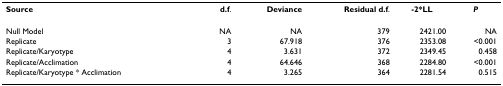
| Source | d.f. | Deviance | Residual d.f. | -2*LL | P |
 | --- | --- | --- | --- | --- | --- |
 | Null Model | NA | NA | 379 | 2421.00 | NA |
 | Replicate | 3 | 67.918 | 376 | 2353.08 | <0.001 |
 | Replicate/Karyotype | 4 | 3.631 | 372 | 2349.45 | 0.458 |
 | Replicate/Acclimation | 4 | 64.646 | 368 | 2284.80 | <0.001 |
 | Replicate/Karyotype * Acclimation | 4 | 3.265 | 364 | 2281.54 | 0.515 |